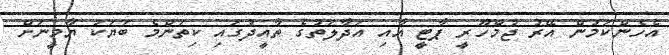
އެހެންކަމުން އޭރު ޖުމްހޫރީ ޕާޓީ އާއި އަދާލަތުގެ ތާއީދުގައި ކިތަންމެ ބަޔަކު ޔާމީނަށް